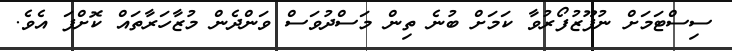
ސިސްޓަމަށް ނުފޫޒުފޯރުވާ ކަމަށް ބުނެ ތިން މަސްދުވަސް ވަންދެން މުޒާހަރާތައް ކޮށްފަ އެވެ.